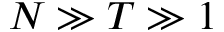
N \gg T \gg 1